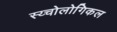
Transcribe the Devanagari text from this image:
स्य्चोलोगिकल